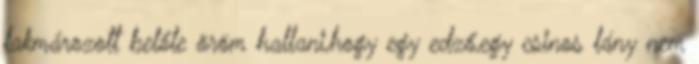
lakmározott belőle öröm hallani,hogy egy edző,egy csinos lány nem